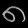
Digit: ၈